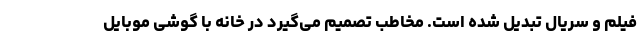
فیلم و سریال تبدیل شده است. مخاطب تصمیم می‌گیرد در خانه با گوشی موبایل